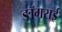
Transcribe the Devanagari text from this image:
ङॉगराई